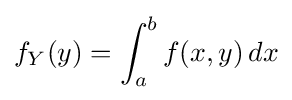
f_{Y}(y)=\int _{a}^{b}f(x,y)\,dx